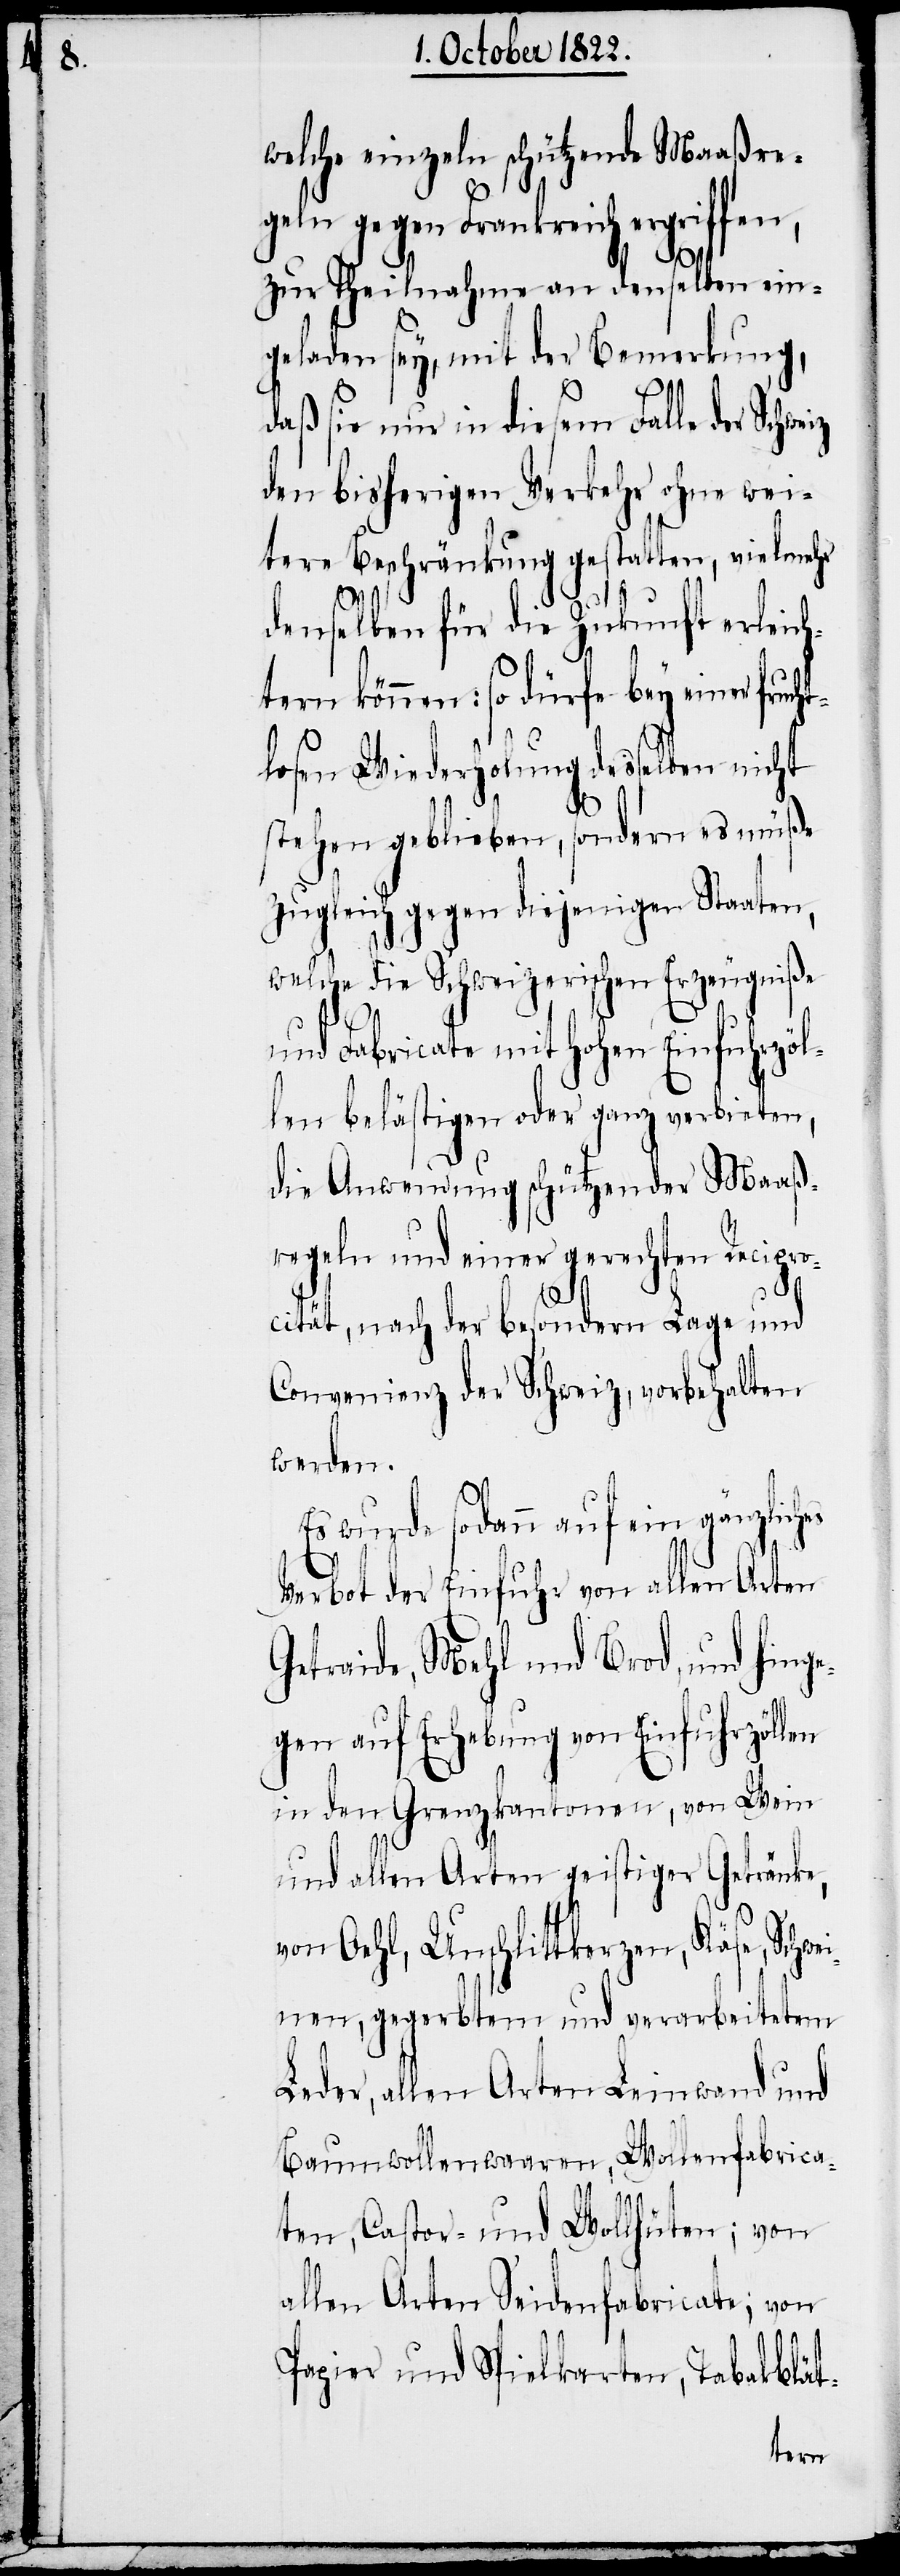
welche einzeln schützende Maaßre¬
geln gegen Frankreich ergriffen,
zur Theilnahme an denselben ein¬
geladen sey, mit der Bemerkung,
daß sie nur in diesem Falle der Schwe¬
den bisherigen Verkehr ohne wei¬
tere Beschränkung gestatten, vielmehr
es
denselben für die Zukuhnft erleich¬
tern können: so dürfe bey einer fruch¬
tlosen Wiederholung desselben nicht
stehen geblieben, sondern es müße
zugleich gegen diejenigen Staaten,
welche die Schweizerischen Erzeugniße
und Fabricate mit hohen Einfuhrzöl¬
len belästigen oder ganz verbieten,
die Anwendung schützender Maaß¬
regeln und einer gerechten Recipro¬
cität, nach der besondern Lage und
Convenienz der Schweiz, vorbehalten
werden.
Es wurde sodann auf ein gänzlich¬
Verbot der Einfuhr von allen Arten
Getraide, Mehl und Brod, und hing¬
egen auf Erhebung von Einfuhrzöllen
in den Grenzkantonen, von Wein
und allen Arten geistiger Getränke,
von Oehl, Unschlittkerzen, Käse, Schw¬
einen, gegerbtem und verarbeitetem
Leder, allen Arten Leinwand und
Baumwollenwaaren, Wollenfabrica¬
ten, Castor- und Wollhüten; von
allen Arten Seidenfabricate; von
Papier und Spielkarten, Tabakblät-